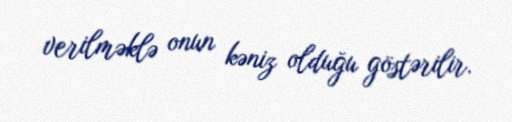
verilməklə onun kəniz olduğu göstərilir.